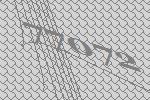
77072